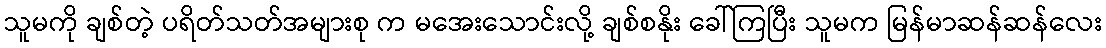
သူမကို ချစ်တဲ့ ပရိတ်သတ်အများစု က မအေးသောင်းလို့ ချစ်စနိုး ခေါ်ကြပြီး သူမက မြန်မာဆန်ဆန်လေး